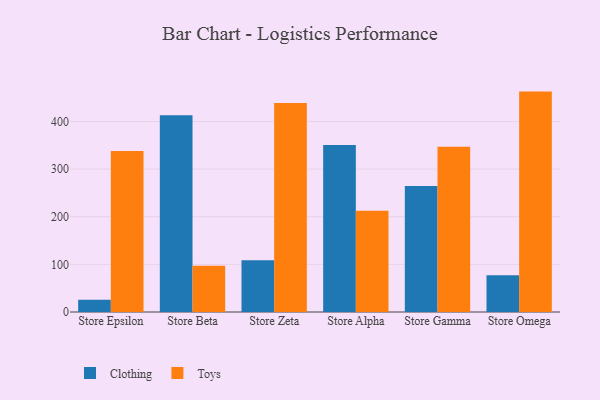
{"axis": {"x": "Store", "y": "LTV (USD)"}, "legend": ["Clothing", "Toys"], "data": [{"x": "Store Epsilon", "y": 25.9, "type": "Clothing"}, {"x": "Store Epsilon", "y": 338.1, "type": "Toys"}, {"x": "Store Beta", "y": 412.9, "type": "Clothing"}, {"x": "Store Beta", "y": 97.2, "type": "Toys"}, {"x": "Store Zeta", "y": 108.4, "type": "Clothing"}, {"x": "Store Zeta", "y": 438.7, "type": "Toys"}, {"x": "Store Alpha", "y": 350.5, "type": "Clothing"}, {"x": "Store Alpha", "y": 212.3, "type": "Toys"}, {"x": "Store Gamma", "y": 264.3, "type": "Clothing"}, {"x": "Store Gamma", "y": 347.0, "type": "Toys"}, {"x": "Store Omega", "y": 77.4, "type": "Clothing"}, {"x": "Store Omega", "y": 462.7, "type": "Toys"}]}